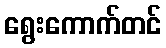
ရွေးကောက်တင်